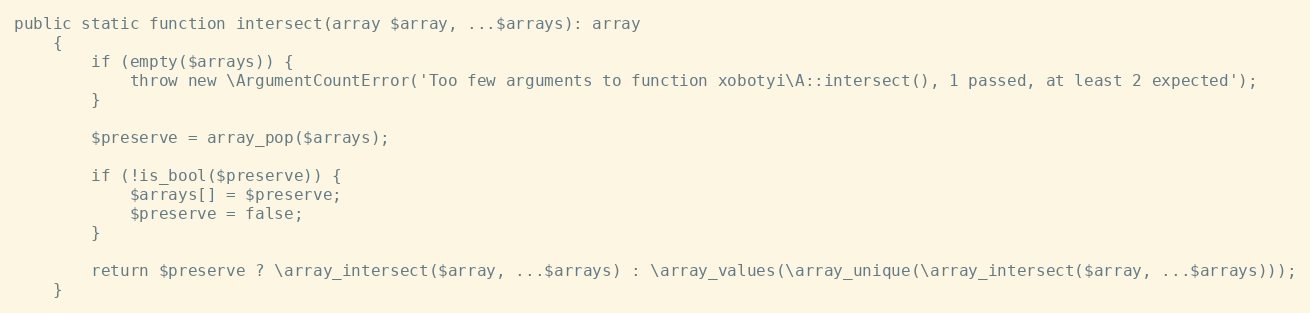
Language: PHP
public static function intersect(array $array, ...$arrays): array
    {
        if (empty($arrays)) {
            throw new \ArgumentCountError('Too few arguments to function xobotyi\A::intersect(), 1 passed, at least 2 expected');
        }

        $preserve = array_pop($arrays);

        if (!is_bool($preserve)) {
            $arrays[] = $preserve;
            $preserve = false;
        }

        return $preserve ? \array_intersect($array, ...$arrays) : \array_values(\array_unique(\array_intersect($array, ...$arrays)));
    }